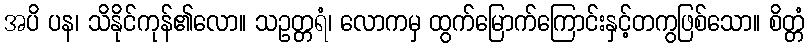
အပိ ပန၊ သိနိုင်ကုန်၏လော။ သဥတ္တရံ၊ လောကမှ ထွက်မြောက်ကြောင်းနှင့်တကွဖြစ်သော။ စိတ္တံ